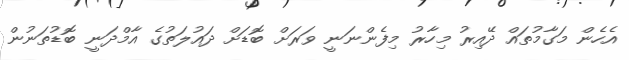
އެހެން މަގާމުތައް ދޭއިރު މިހާރު މިފެންނަނީ ވަރަށް ބޮޑަށް ދައުލަތުގެ އާމްދަނީ ބޮޑުތަނުން